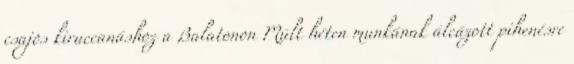
csajos kiruccanáshoz a Balatonon Múlt héten munkának álcázott pihenésre